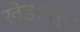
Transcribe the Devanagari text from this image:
खेडावरून